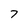
Character: 7